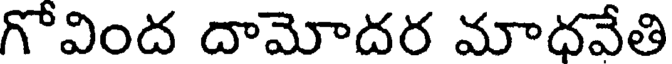
గోవింద దామోదర మాధవేతి